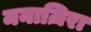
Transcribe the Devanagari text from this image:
मनाज़िरा